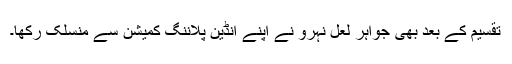
تقسیم کے بعد بھی جواہر لعل نہرو نے اپنے انڈین پلاننگ کمیشن سے منسلک رکھا۔